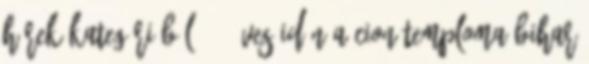
hírek kategóriából 140 éves idén a Cion temploma Bihar